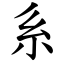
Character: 系